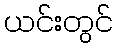
ယင်းတွင်